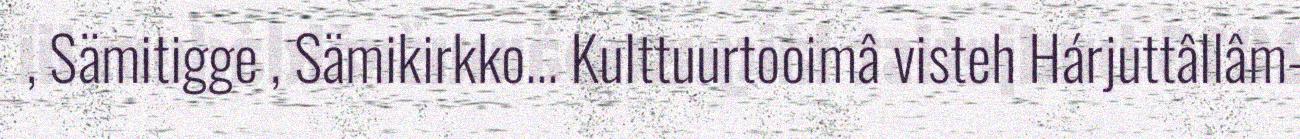
, Sämitigge , Sämikirkko... Kulttuurtooimâ visteh Hárjuttâllâm-